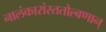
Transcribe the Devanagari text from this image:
नालंकारांस्ततोल्बणान्